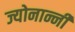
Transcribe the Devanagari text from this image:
ज्योनान्नी